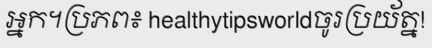
អ្នក។ប្រភព៖ healthytipsworldចូរប្រយ័ត្ន!